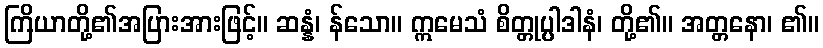
ကြိယာတို့၏အပြားအားဖြင့်။ ဆန္နံ၊ န်သော။ ဣမေသံ စိတ္တုပ္ပါဒါနံ၊ တို့၏။ အတ္တနော၊ ၏။